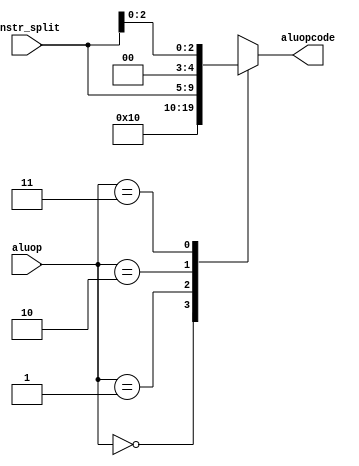
// ENGN1640 Lab5

module alu_control (
	input 		[4:0] instr_split,	// {instr[30],instr[25], instr[14:12] (funct3)}
	input 		[1:0] aluop,
	output reg 	[4:0] aluopcode
);

	always@(*) begin
		case(aluop)
			2'b00: begin		// S-type (add)
				aluopcode = 5'b00000;
			end
			2'b01: begin		// B-type (sub)
				aluopcode = 5'b10000;
			end
			2'b10: begin		// R-type (funct3 business)
				aluopcode = instr_split;
			end
			2'b11: begin		// I-type (funct3 business)
				aluopcode = {2'b0, instr_split[2:0]};
			end
			default: aluopcode = instr_split;
		endcase

	end

endmodule